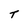
Character: T